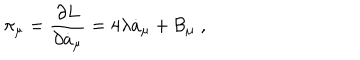
\pi _ { \mu } = \frac { \partial L } { \partial \dot { a } _ { \mu } } = 4 \lambda \dot { a } _ { \mu } + \mathcal { B } _ { \mu } \; ,